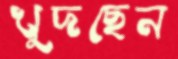
খুদছেন